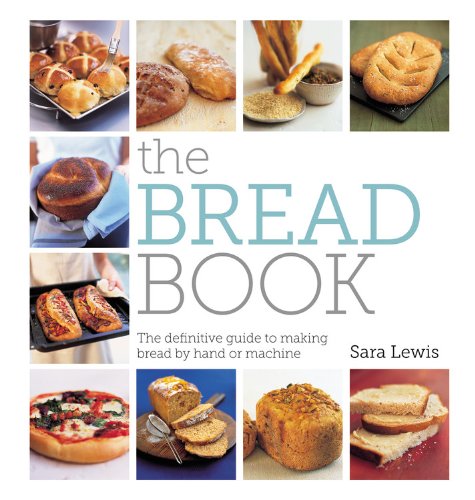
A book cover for The Bread Book: The definitive guide to making bread by hand or machine; Sara Lewis; Cookbooks, Food & Wine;